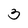
Character: 3